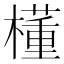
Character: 㯵